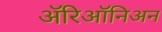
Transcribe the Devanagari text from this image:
ॲरिऑनिअन